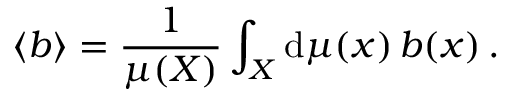
\left< b \right> = \frac { 1 } { \mu ( X ) } \int _ { X } \mathrm { d } \mu ( \boldsymbol { x } ) \, b ( \boldsymbol { x } ) \, .